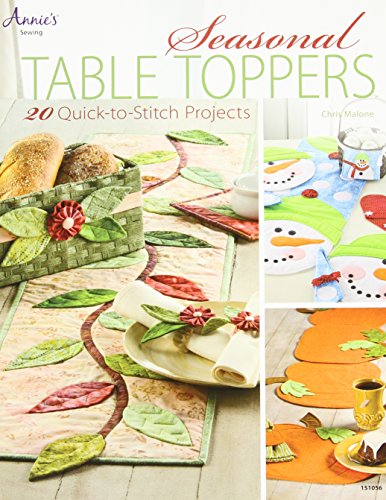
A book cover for Seasonal Table Toppers: 20 Quick-to-Stitch Projects (Annie's Sewing); Chris Malone; Crafts, Hobbies & Home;